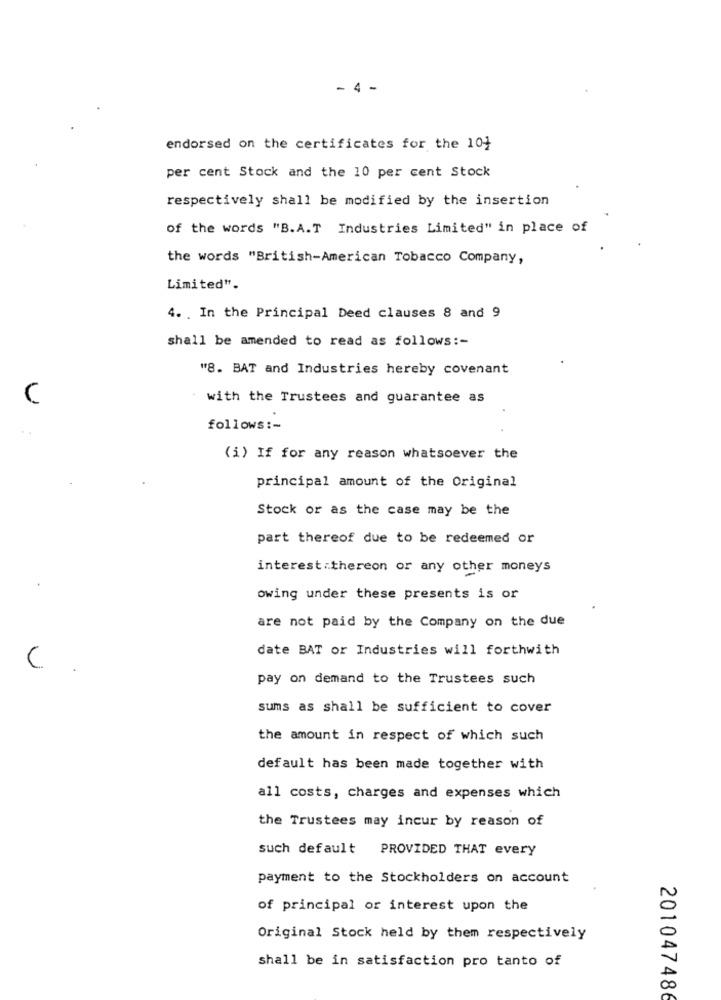
- 4 -
endorsed on the certificates for the 104
per cent Stock and the 10 per cent Stock
respectively shall be modified by the insertion
of the words "B.A.T Industries Limited" in place of
the words "British-American Tobacco Company,
Limited".
4. . In the Principal Deed clauses 8 and 9
shall be amended to read as follows :-
"8. BAT and Industries hereby covenant
C
with the Trustees and guarantee as
follows :-
(i) If for any reason whatsoever the
principal amount of the Original
Stock or as the case may be the
part thereof due to be redeemed or
interest .thereon or any other moneys
owing under these presents is or
are not paid by the Company on the due
date BAT or Industries will forthwith
C
pay on demand to the Trustees such
sums as shall be sufficient to cover
the amount in respect of which such
default has been made together with
all costs, charges and expenses which
the Trustees may incur by reason of
such default PROVIDED THAT every
payment to the Stockholders on account
of principal or interest upon the
Original Stock held by them respectively
shall be in satisfaction pro tanto of
201047486